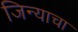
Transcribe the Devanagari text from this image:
जिन्याचा